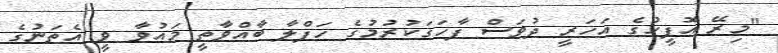
''މިރޭ އޮފީހުގެ އަހަރީ ދުވަސް ފާހަގަކުރުމުގެ ހަފްލާ ބާއްވާތީ މައުވާ ވީ އެތަނުގެ